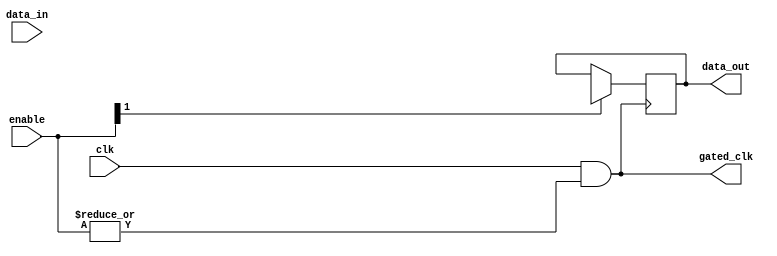
module dynamic_clock_gating (
    input wire clk,                  // Main clock signal
    input wire [N-1:0] enable,      // Enable signals for memory segments
    output wire gated_clk,           // Gated clock output
    input wire [DATA_WIDTH-1:0] data_in,   // Data input for memory
    output reg [DATA_WIDTH-1:0] data_out  // Data output from memory
);

parameter N = 4;                   // Number of memory segments
parameter DATA_WIDTH = 8;          // Width of data bus

// Gated clock generation logic
wire clk_enable;                   // Intermediate clock enable signal
assign clk_enable = |enable;       // OR all enable signals to determine if clock should be active

// Gated clock output
assign gated_clk = clk & clk_enable; // Pass clk if any enable signal is high

// Memory block (example with simple register array)
reg [DATA_WIDTH-1:0] memory [0:15]; // Example memory array (16 words)

// Memory read/write operations
always @(posedge gated_clk) begin
    if (enable[0]) begin
        // Example write operation
        memory[0] <= data_in; // Write to memory if enable for segment 0 is high
    end
end

always @(posedge gated_clk) begin
    if (enable[1]) begin
        // Example read operation
        data_out <= memory[1]; // Read from memory if enable for segment 1 is high
    end
end

endmodule